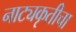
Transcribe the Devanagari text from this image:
नाट्यकृतीचा